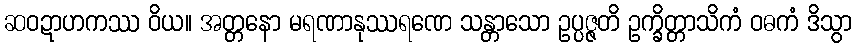
ဆဝဍာဟကဿ ဝိယ။ အတ္တနော မရဏာနုဿရဏေ သန္တာသော ဥပ္ပဇ္ဇတိ ဥက္ခိတ္တာသိကံ ဝဓကံ ဒိသွာ